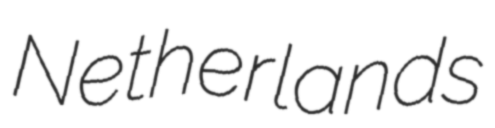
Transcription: Netherlands